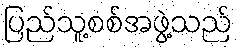
ပြည်သူ့စစ်အဖွဲ့သည်